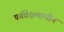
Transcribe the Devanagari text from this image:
पर्यवेक्षणाधीन